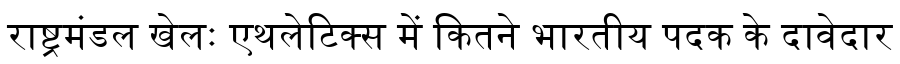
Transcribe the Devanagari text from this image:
राष्ट्रमंडल खेलः एथलेटिक्स में कितने भारतीय पदक के दावेदार